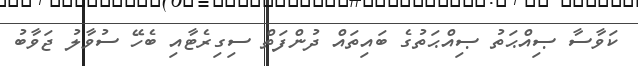
ކަވާސާ ޞިއްޙަތު ޞިއްޙަތުގެ ބައިތައް ދުންފަތް ސިގިރެޓާއި ބެހޭ ސުވާލު ޖަވާބު